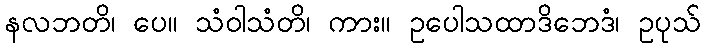
နလဘတိ၊ ပေ။ သံဝါသံတိ၊ ကား။ ဥပေါသထာဒိဘေဒံ၊ ဥပုသ်